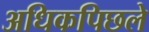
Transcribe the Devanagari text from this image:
अधिकपिछले